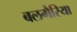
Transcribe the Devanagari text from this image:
बलगैरिया